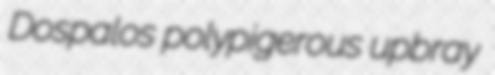
Dospalos polypigerous upbray